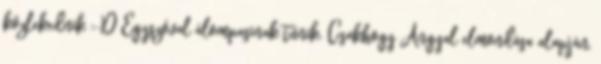
közlekednik :-D Egyszóval álompasinak tűnik. Csakhogy Angyal elmondása alapján,